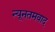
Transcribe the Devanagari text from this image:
न्यूनतमवाद